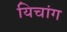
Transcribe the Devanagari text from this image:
यिचांग